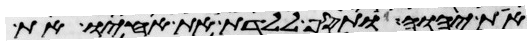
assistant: את יהוה ותסף ללדת את אחיו את